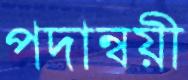
পদান্বয়ী